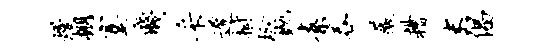
熳棚蹇贱采迟拊玲抛素吞薇糟末倡